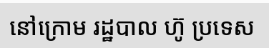
នៅក្រោម រដ្ឋបាល ហ៊ូ ប្រទេស